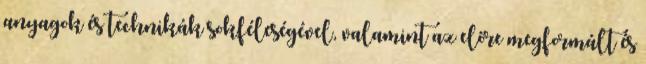
anyagok és technikák sokféleségével, valamint az előre megformált és